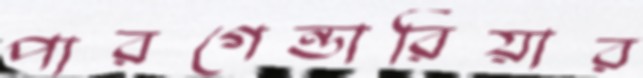
পারগেন্ডারিয়ার